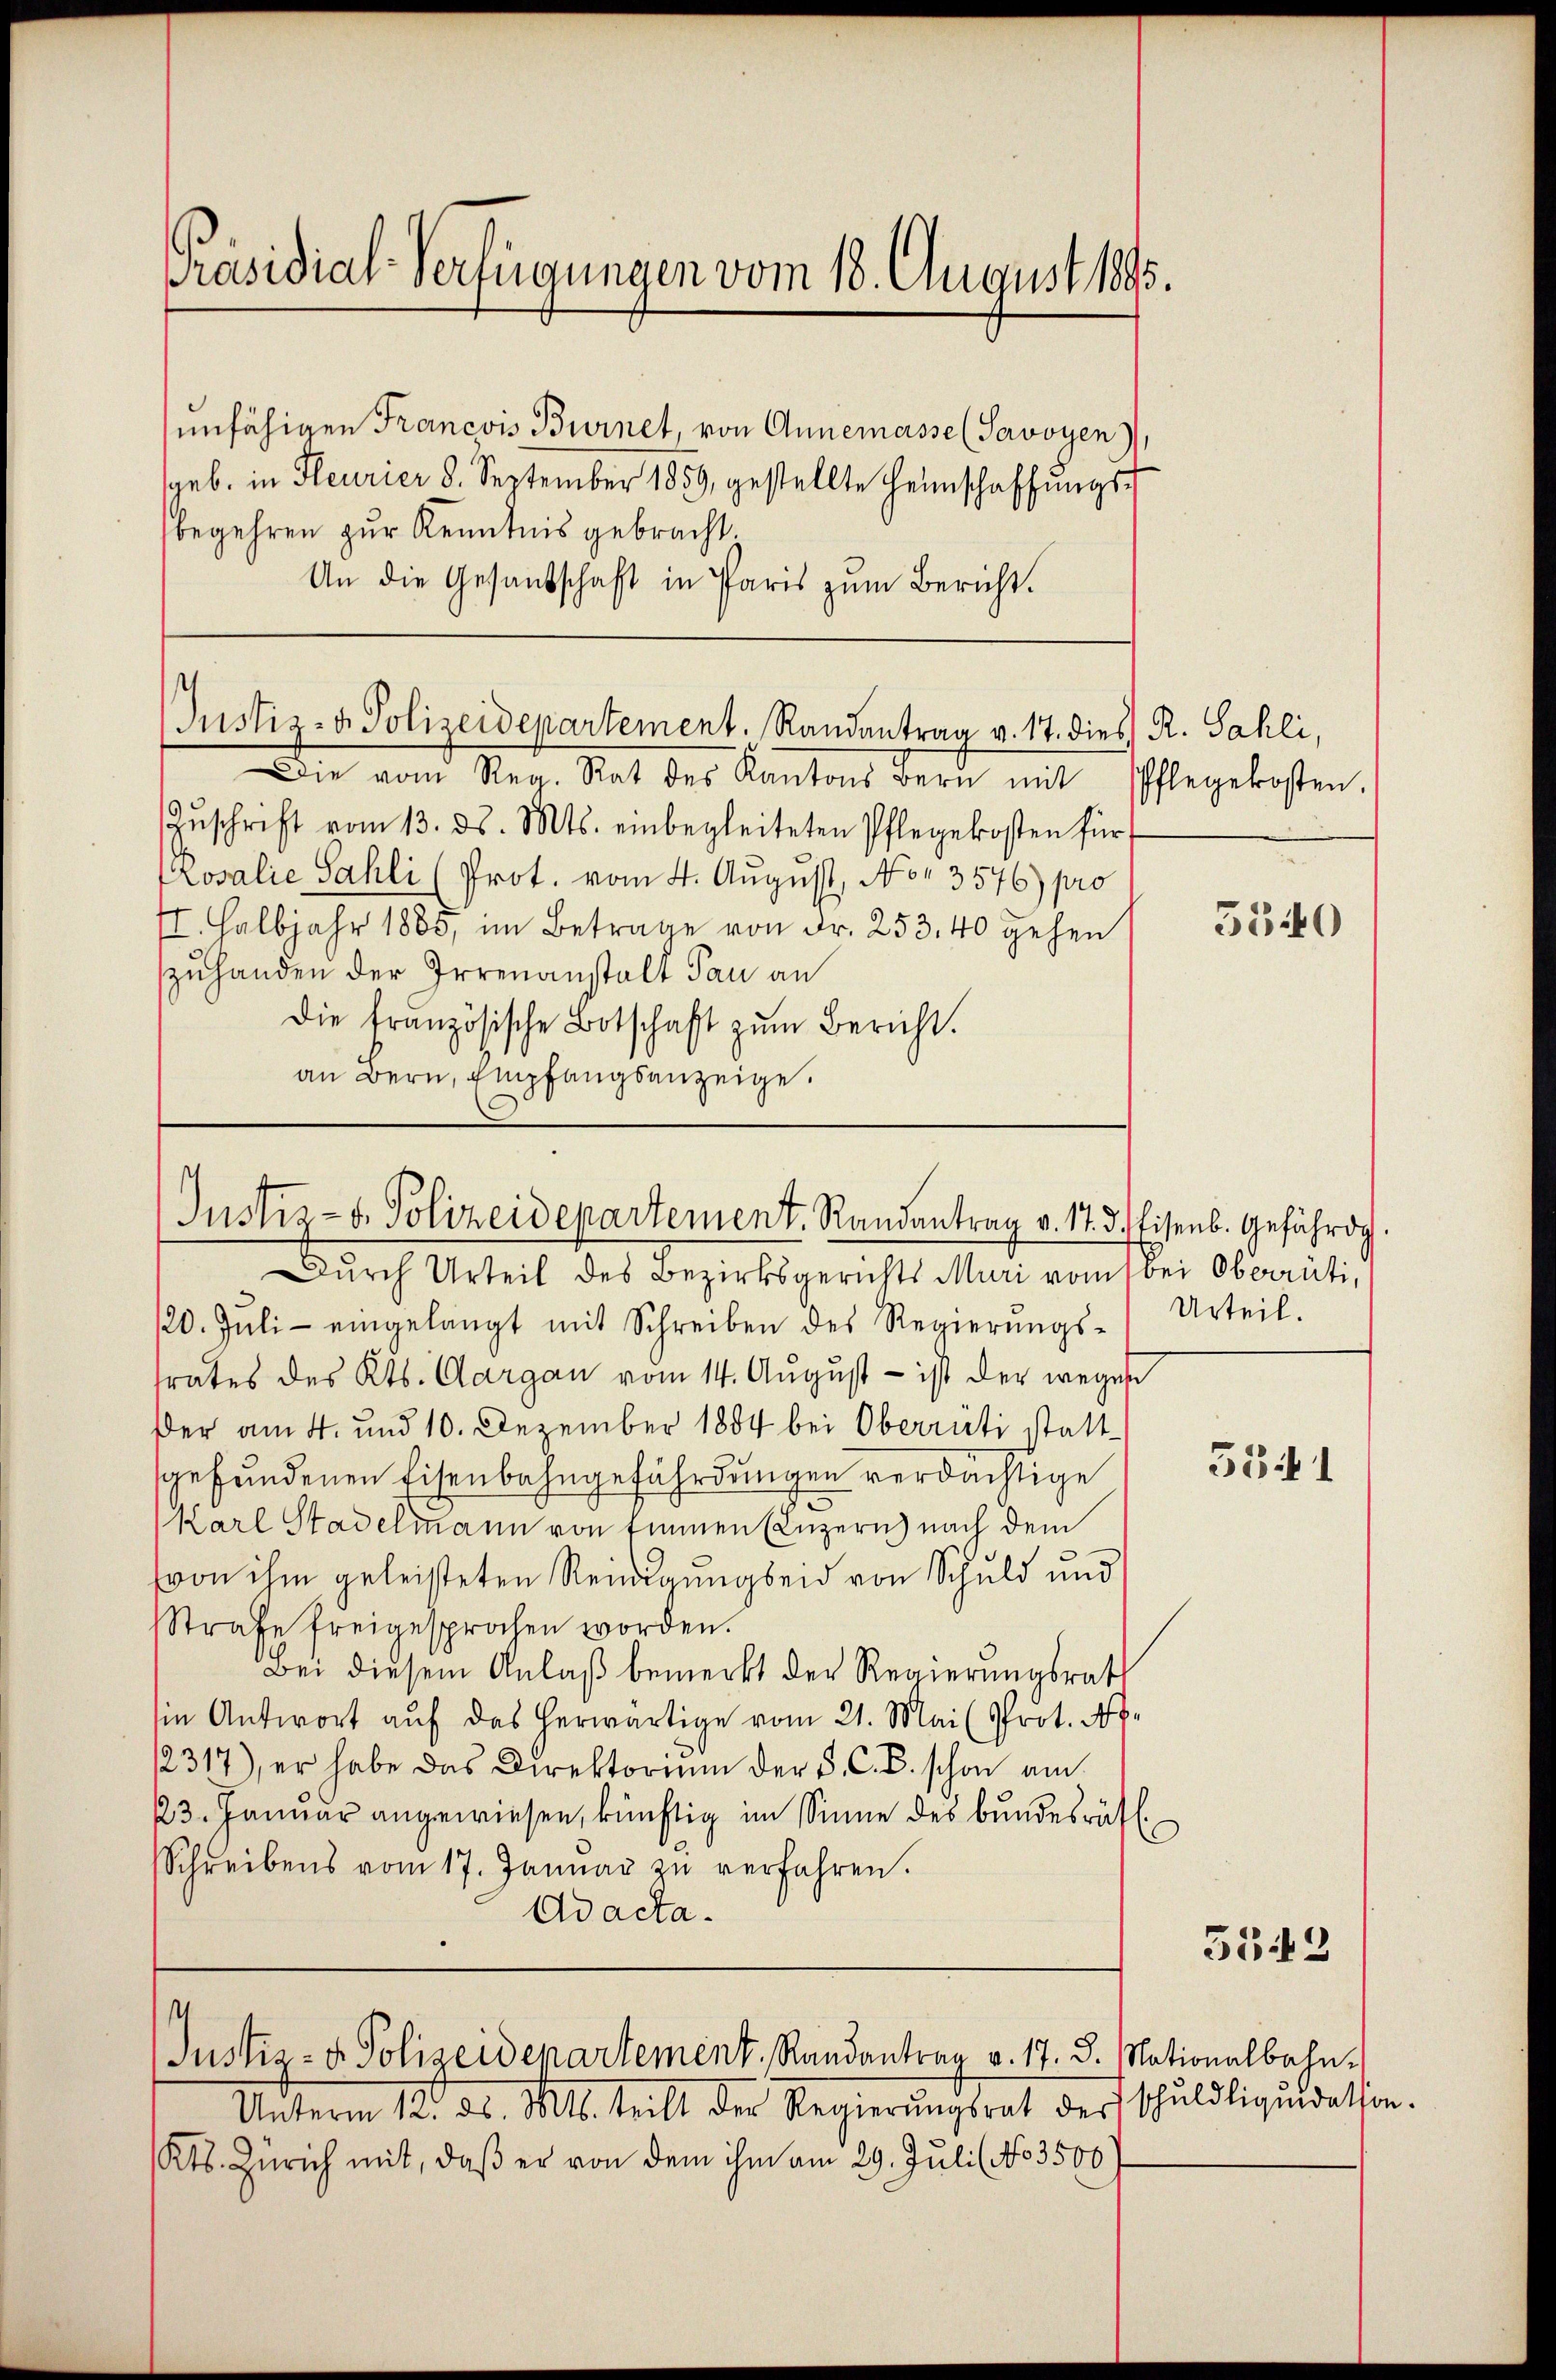
Präsidial-Verfügungen vom 18. August 1895.

sunfähigen Francois Burnet, von Annemasse (Savoyen),
geb. in Feurier 8. September 1859, gestellte Heimschaffŭngs-
begehren zur Kenntnis gebracht
An die Gesandschaft in Paris zŭm Bericht.

Die vom Reg. Rat des Kantons Bern mit Pflegekosten.
Zŭschrift vom 13. ds. Mts. einbegleiteten Pflegekosten für
Prosalie Sahli (Prot. vom 4. August, No. 3576) pro
II. Halbjahr 1885, im Betrage von Fr. 253. 40 gehen
zuhanden der Irrenanstalt Pau an
die französische Botschaft zŭm Bericht.
an Bern, Empfangsanzeige.

Justiz- & Polizeidepartement. Randantrag v. 17. dies R. Sahli,

Justiz- & Polizeidepartement. Randantrag v. 17. d.

Justiz- & Polizeidepartement, Randantrag v. 17. 8. Nationalbahn.

Unterm 12. ds. Mts. teilt der Regierŭngsrat der Schuldliqŭidation.
Kts. Zürich mit, daß er von dem ihm am 29. Juli (No 3500 f

Durch Urteil des Bezirksgerichts Muri vom bei Oberrüti,
/20. Jŭli eingelangt mit Schreiben des Regierŭngs-Urteil.
trates des Kts. Aargau vom 14. August - ist der wegen
Der am 4. und 10. Dezember 1884 bei Oberrati stattgefundenen Eisenbahngefährdungen verdächtige
Karl Stadelmann von Emmen (Luzern nach dem
(von ihm geleisteten Rendigungseid von Schuld und
Strafe freigesprochen worden.
Bei diesem Anlaβ bemerkt der Regierungsrat
sin Antwort auf das herwärtige vom 21. Mai (Prot. N.
12317), er habe das Direktorium der S. C. B. schon am
23. Januar angewiesen, künftig im Sinne des bundesrätl.
Schreibens vom 17. Januar zŭ verfahren.
Ad acta.

5540

Eisenb. Gefährdg

5341

5543